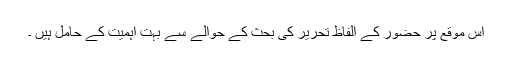
اس موقع پر حضور کے الفاظ تحریر کی بحث کے حوالے سے بہت اہمیت کے حامل ہیں ۔